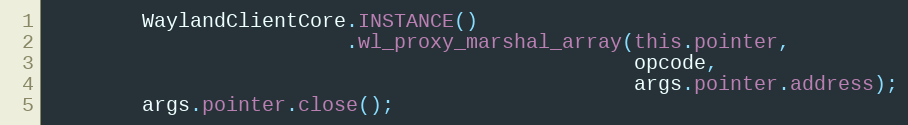
Language: Java
        WaylandClientCore.INSTANCE()
                         .wl_proxy_marshal_array(this.pointer,
                                                 opcode,
                                                 args.pointer.address);
        args.pointer.close();